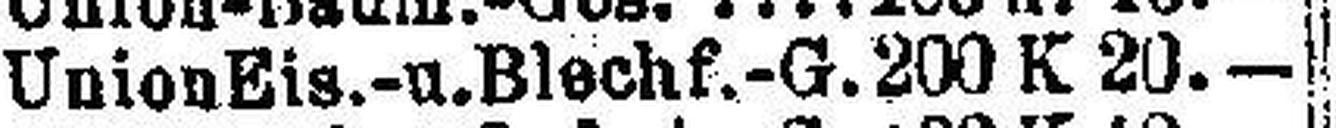
Union Eis.-u. Blechf.-G. 200 K 20.—